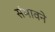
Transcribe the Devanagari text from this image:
संभावने